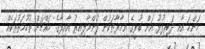
މަންމަ އާއި ދަރިފުޅު އަށް ބުރީގެ އިމާރާތަކުން ފުންމާލިއިރު އާއިލާގެ މައްޗަށް ތުހުމަތުތަކެއް